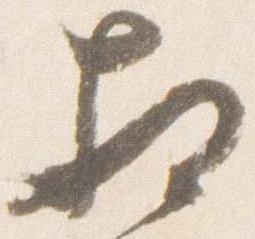
相